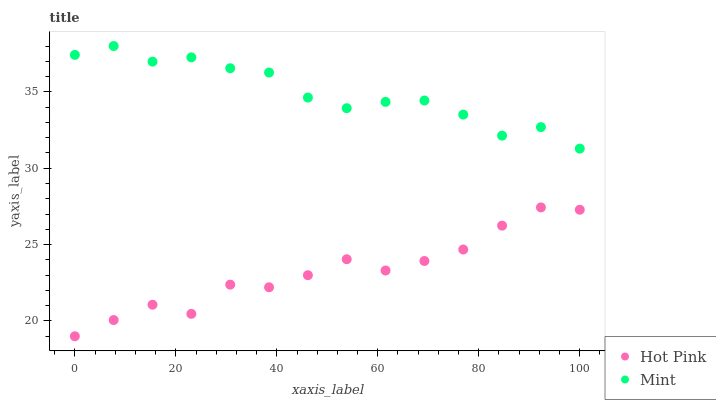
| xaxis_label | Hot Pink | Mint |
 | --- | --- | --- |
 | 0 | 19 | 37.4 |
 | 7.69 | 20.1 | 38 |
 | 15.4 | 21.1 | 37 |
 | 23.1 | 20.5 | 37.3 |
 | 30.8 | 22.4 | 36.5 |
 | 38.5 | 22.2 | 36.3 |
 | 46.2 | 23 | 34.6 |
 | 53.8 | 24 | 33.9 |
 | 61.5 | 23.3 | 34.3 |
 | 69.2 | 23.9 | 34.4 |
 | 76.9 | 24.7 | 33.5 |
 | 84.6 | 26.2 | 32.1 |
 | 92.3 | 27.4 | 32.7 |
 | 100 | 27.3 | 31.3 |